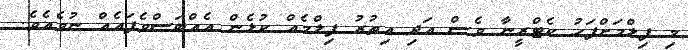
މި ފިލްމަށްފަހު ކެޓްރީނާ ވެސް އަދި އިތުރު ފިލްމެއް ކުޅެން އެއްބަސްވެފައެއް ނުވެއެވެ.